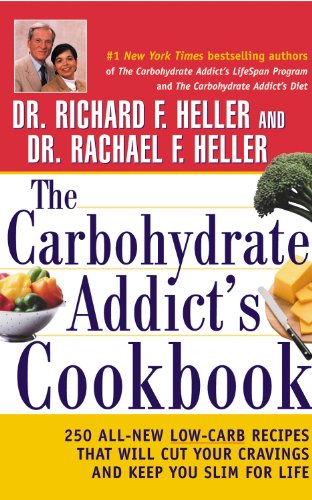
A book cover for The Carbohydrate Addict's Cookbook: 250 All-New Low-Carb Recipes That Will Cut Your Cravings and Keep You Slim for Life; Richard F. Heller; Health, Fitness & Dieting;